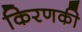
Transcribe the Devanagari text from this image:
किरणकी